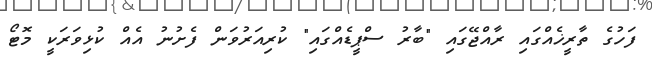
ފަހުގެ ތާރީޚެއްގައި ރާއްޖޭގައި "ބާރު ސްޕީޑެއްގައި" ކުރިއަރުވަން ފެށުނު އެއް ކުޅިވަރަކީ މޮޓޯ